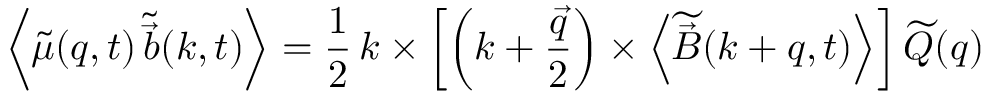
\left< \widetilde { \mu } ( \boldsymbol { q } , t ) \, \widetilde { \vec { b } } ( \boldsymbol { k } , t ) \right> = \frac { 1 } { 2 } \, \boldsymbol { k } \times \left[ \left( \boldsymbol { k } + \frac { \vec { q } } { 2 } \right) \times \left< \widetilde { \vec { B } } ( \boldsymbol { k } + \boldsymbol { q } , t ) \right> \right] \widetilde { Q } \! \left( \boldsymbol { q } \right)